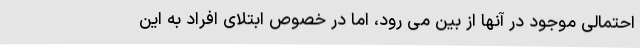
احتمالی موجود در آنها از بین می رود، اما در خصوص ابتلای افراد به این